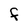
Character: F